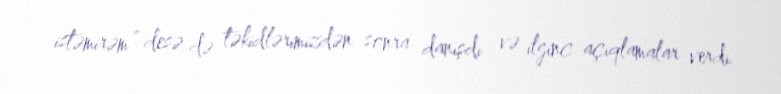
istəmirəm” desə də təkidlərimizdən sonra danışdı və ilginc açıqlamalar verdi.